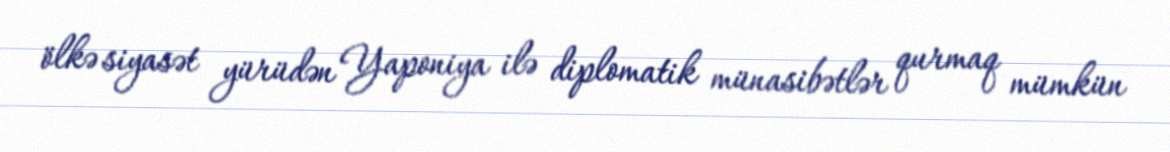
ölkə siyasət yürüdən Yaponiya ilə diplomatik münasibətlər qurmaq mümkün